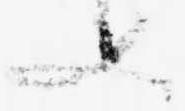
又